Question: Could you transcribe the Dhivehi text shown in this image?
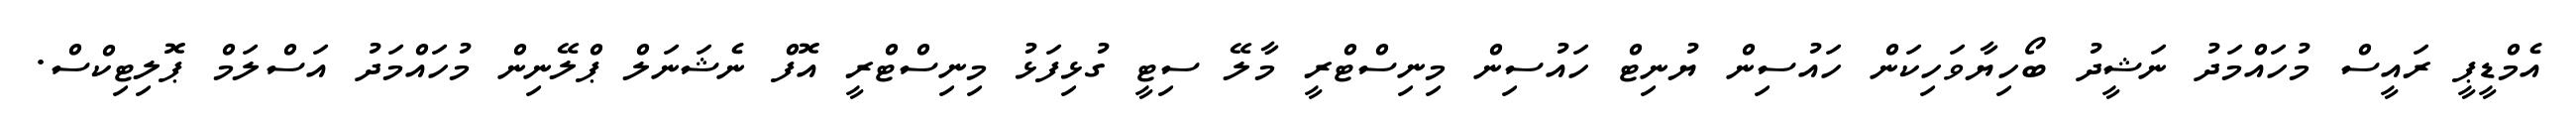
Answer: އެމްޑީޕީ ރައީސް މުހައްމަދު ނަޝީދު ބޯހިޔާވަހިކަން ހައުސިން ޔުނިޓް ހައުސިން މިނިސްޓްރީ މާލޭ ސިޓީ ގުޅިފަޅު މިނިސްޓްރީ އޮފް ނެޝަނަލް ޕްލޭނިން މުހައްމަދު އަސްލަމް ޕޮލިޓިކްސް.